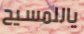
ياللمسيح